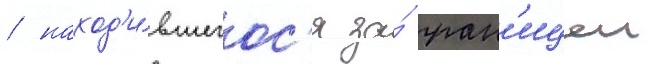
/ наход'и́вшегос'я за́ гран'ицеи